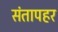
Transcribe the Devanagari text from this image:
संतापहर